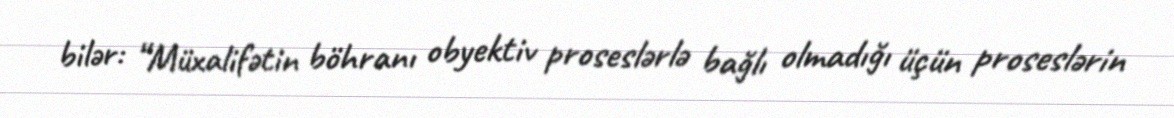
bilər: “Müxalifətin böhranı obyektiv proseslərlə bağlı olmadığı üçün proseslərin